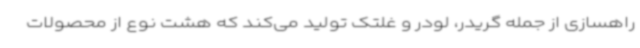
راهسازی از جمله گریدر، لودر و غلتک تولید می‌کند که هشت نوع از محصولات